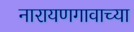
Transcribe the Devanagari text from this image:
नारायणगावाच्या